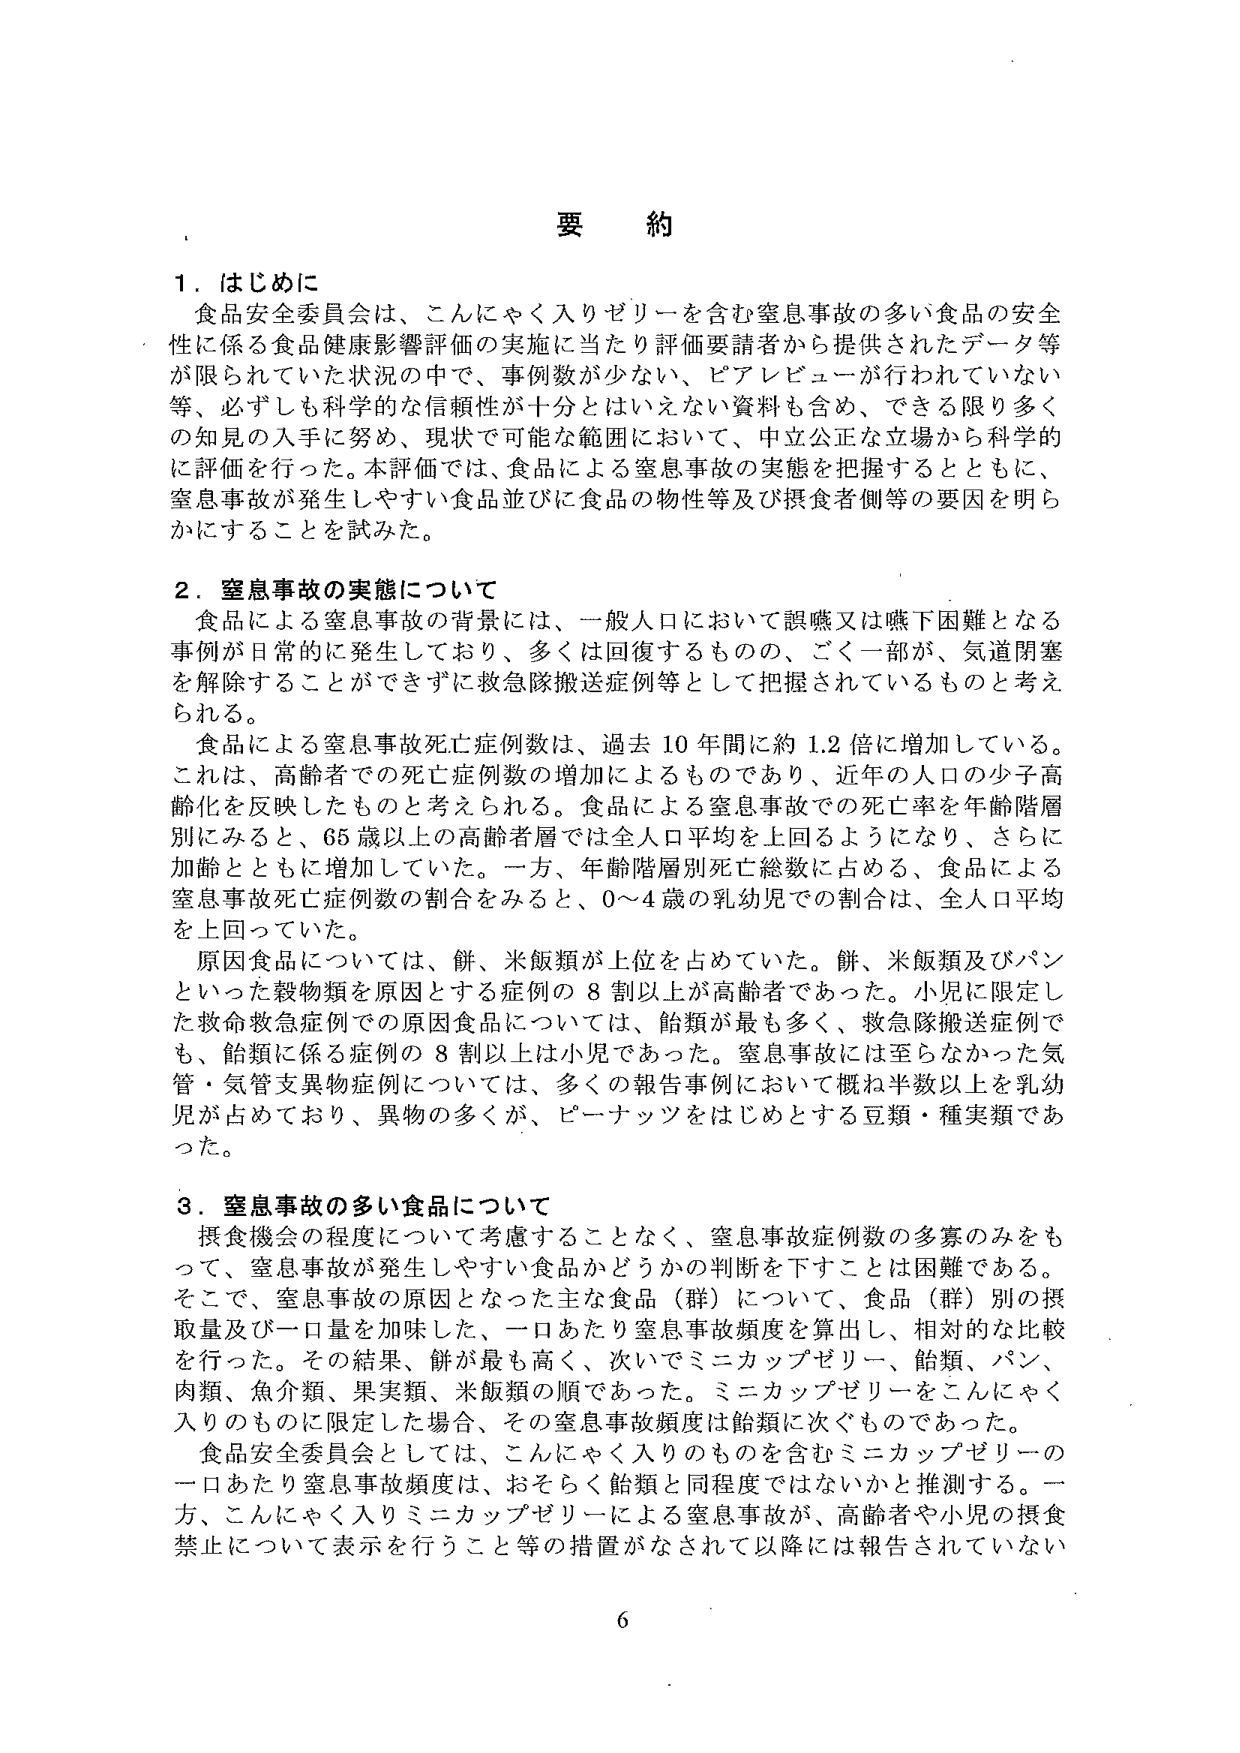
要 約

1．はじめに
食品安全部会は、こんにゃく入りゼリーを含む窒息事故の多い食品の安全性に係る食品健康影響評価の実施に当たり評価要請者から提供されたデータ等が限られていた状況の中で、事例数が少ない、ピアレビューが行われていない等、必ずしも科学的な信頼性が十分とはいえない資料も含め、できる限り多くの知見の入手に努め、現状で可能な範囲において、中立公正な立場から科学的に評価を行った。本評価では、食品による窒息事故の実態を把握するとともに、窒息事故が発生しやすい食品並びに食品の物性等及び摂食者側等の要因を明らかにすることを試みた。

2．窒息事故の実態について
食品による窒息事故の背景には、一般人口において誤嚥又は嚥下困難となる事例が日常的に発生しており、多くは回復するものの、ごく一部が、気道閉塞を解除することができずに救急隊搬送症例等として把握されているものと考えられる。
食品による窒息事故死亡症例数は、過去10年間に約1.2倍に増加している。これは、高齢者での死亡症例数の増加によるものであり、近年の人口の少子高齢化を反映したものと考えられる。食品による窒息事故での死亡率を年齢階層別にみると、65歳以上の高齢者層では全人口平均を上回るようになり、さらに加齢とともに増加していた。一方、年齢階層別死亡総数に占める、食品による窒息事故死亡症例数の割合をみると、0～4歳の乳幼児での割合は、全人口平均を上回っていた。
原因食品については、餅、米飯類が上位を占めていた。餅、米飯類及びパンといった穀物類を原因とする症例の8割以上が高齢者であった。小児に限定した救命救急症例での原因食品については、飴類が最も多く、救急隊搬送症例でも、飴類に係る症例の8割以上は小児であった。窒息事故には至らなかった気管・気管支異物症例については、多くの報告事例において概ね半数以上を乳幼児が占めており、異物の多くが、ピーナッツをはじめとする豆類・種実類であった。

3．窒息事故の多い食品について
摂食機会の程度について考慮することなく、窒息事故症例数の多寡のみをもって、窒息事故が発生しやすい食品かどうかの判断を下すことは困難である。そこで、窒息事故の原因となった主な食品（群）について、食品（群）別の摂取量及び一口量を加味した、一口あたり窒息事故頻度を算出し、相対的な比較を行った。その結果、餅が最も高く、次いでミニカップゼリー、飴類、パン、肉類、魚介類、果実類、米飯類の順であった。ミニカップゼリーをこんにゃく入りのものに限定した場合、その窒息事故頻度は飴類に次ぐものであった。
食品安全委員会としては、こんにゃく入りのものを含むミニカップゼリーの一口あたり窒息事故頻度は、おそらく飴類と同程度ではないかと推測する。一方、こんにゃく入りミニカップゼリーによる窒息事故が、高齢者や小児の摂食禁止について表示を行うこと等の措置がなされて以降には報告されていない

6